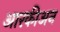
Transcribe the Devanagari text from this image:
आरकीअन